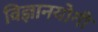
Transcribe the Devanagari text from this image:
विज्ञानयोगी